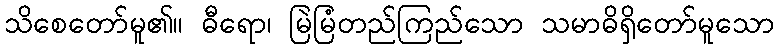
သိစေတော်မူ၏။ ဓီရော၊ မြဲမြံတည်ကြည်သော သမာဓိရှိတော်မူသော